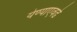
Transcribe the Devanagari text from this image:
येण्याएवढे